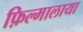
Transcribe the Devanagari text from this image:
फ़िल्मालाया